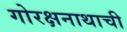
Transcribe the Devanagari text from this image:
गोरक्षनाथाची